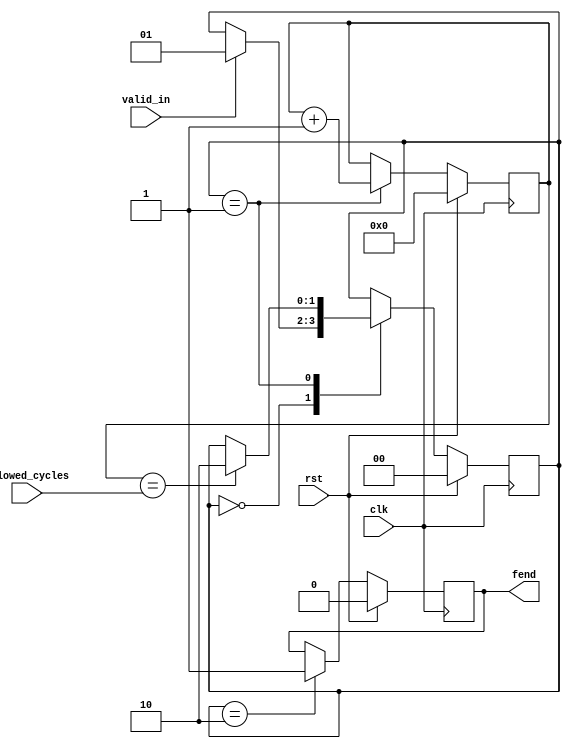
module top(allowed_cycles, rst, clk, fend, valid_in);
  wire \\\\\\\\\\\\\\\\\\\\\\\\\\\\\\\\$1 ;
  wire [25:0] \\\\\\\\\\\\\\\\\\\\\\\\\\\\\\\\$3 ;
  wire [25:0] \\\\\\\\\\\\\\\\\\\\\\\\\\\\\\\\$4 ;
  (* src = "force_end.py:51" *)
  reg [24:0] \\\\\\\\\\\\\\\\\\\\\\\\\\\\\\\\$next\\\\\\\\\\\\\\\\\\\\\\\\\\\\\\\\counter ;
  (* src = "force_end.py:41" *)
  reg \\\\\\\\\\\\\\\\\\\\\\\\\\\\\\\\$next\\\\\\\\\\\\\\\\\\\\\\\\\\\\\\\\fend ;
  (* src = "nmigen/hdl/dsl.py:244" *)
  reg [1:0] \\\\\\\\\\\\\\\\\\\\\\\\\\\\\\\\$next\\\\\\\\\\\\\\\\\\\\\\\\\\\\\\\\fsm_state ;
  (* src = "force_end.py:39" *)
  input [23:0] allowed_cycles;
  (* src = "nmigen/hdl/ir.py:329" *)
  input clk;
  (* init = 25'h0000000 *)
  (* src = "force_end.py:51" *)
  reg [24:0] counter = 25'h0000000;
  (* init = 1'h0 *)
  (* src = "force_end.py:41" *)
  output fend;
  reg fend = 1'h0;
  (* init = 2'h0 *)
  (* src = "nmigen/hdl/dsl.py:244" *)
  reg [1:0] fsm_state = 2'h0;
  (* src = "nmigen/hdl/ir.py:329" *)
  input rst;
  (* src = "force_end.py:38" *)
  input valid_in;
  assign \\\\\\\\\\\\\\\\\\\\\\\\\\\\\\\\$1  = counter == (* src = "force_end.py:61" *) allowed_cycles;
  assign \\\\\\\\\\\\\\\\\\\\\\\\\\\\\\\\$4  = counter + (* src = "force_end.py:60" *) 1'h1;
  always @(posedge clk)
      fend <= \\\\\\\\\\\\\\\\\\\\\\\\\\\\\\\\$next\\\\\\\\\\\\\\\\\\\\\\\\\\\\\\\\fend ;
  always @(posedge clk)
      counter <= \\\\\\\\\\\\\\\\\\\\\\\\\\\\\\\\$next\\\\\\\\\\\\\\\\\\\\\\\\\\\\\\\\counter ;
  always @(posedge clk)
      fsm_state <= \\\\\\\\\\\\\\\\\\\\\\\\\\\\\\\\$next\\\\\\\\\\\\\\\\\\\\\\\\\\\\\\\\fsm_state ;
  always @* begin
    \\\\\\\\\\\\\\\\\\\\\\\\\\\\\\\\$next\\\\\\\\\\\\\\\\\\\\\\\\\\\\\\\\fsm_state  = fsm_state;
    casez (fsm_state)
      2'h0:
          casez (valid_in)
            1'h1:
                \\\\\\\\\\\\\\\\\\\\\\\\\\\\\\\\$next\\\\\\\\\\\\\\\\\\\\\\\\\\\\\\\\fsm_state  = 2'h1;
          endcase
      2'h1:
          casez (\\\\\\\\\\\\\\\\\\\\\\\\\\\\\\\\$1 )
            1'h1:
                \\\\\\\\\\\\\\\\\\\\\\\\\\\\\\\\$next\\\\\\\\\\\\\\\\\\\\\\\\\\\\\\\\fsm_state  = 2'h2;
          endcase
    endcase
    casez (rst)
      1'h1:
          \\\\\\\\\\\\\\\\\\\\\\\\\\\\\\\\$next\\\\\\\\\\\\\\\\\\\\\\\\\\\\\\\\fsm_state  = 2'h0;
    endcase
  end
  always @* begin
    \\\\\\\\\\\\\\\\\\\\\\\\\\\\\\\\$next\\\\\\\\\\\\\\\\\\\\\\\\\\\\\\\\counter  = counter;
    casez (fsm_state)
      2'h1:
          \\\\\\\\\\\\\\\\\\\\\\\\\\\\\\\\$next\\\\\\\\\\\\\\\\\\\\\\\\\\\\\\\\counter  = \\\\\\\\\\\\\\\\\\\\\\\\\\\\\\\\$3 [24:0];
    endcase
    casez (rst)
      1'h1:
          \\\\\\\\\\\\\\\\\\\\\\\\\\\\\\\\$next\\\\\\\\\\\\\\\\\\\\\\\\\\\\\\\\counter  = 25'h0000000;
    endcase
  end
  always @* begin
    \\\\\\\\\\\\\\\\\\\\\\\\\\\\\\\\$next\\\\\\\\\\\\\\\\\\\\\\\\\\\\\\\\fend  = fend;
    casez (fsm_state)
      2'h2:
          \\\\\\\\\\\\\\\\\\\\\\\\\\\\\\\\$next\\\\\\\\\\\\\\\\\\\\\\\\\\\\\\\\fend  = 1'h1;
    endcase
    casez (rst)
      1'h1:
          \\\\\\\\\\\\\\\\\\\\\\\\\\\\\\\\$next\\\\\\\\\\\\\\\\\\\\\\\\\\\\\\\\fend  = 1'h0;
    endcase
  end
  assign \\\\\\\\\\\\\\\\\\\\\\\\\\\\\\\\$3  = \\\\\\\\\\\\\\\\\\\\\\\\\\\\\\\\$4 ;
endmodule